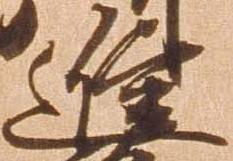
進